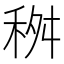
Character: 𥞢